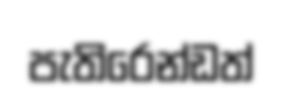
පැතිරෙන්ඩත්